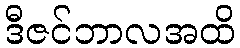
ဒီဇင်ဘာလအထိ